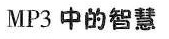
MP3中的智慧